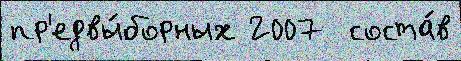
пр'едвы́борных 2007  соста́в